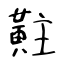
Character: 黈